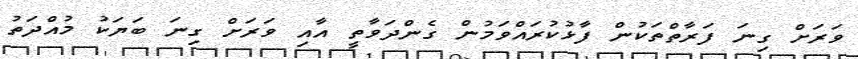
ވަރަށް ގިނަ ފަރާތްތަކުން ފާޅުކުރައްވަމުން ގެންދަވާތީ އާއި ވަރަށް ގިނަ ބަޔަކު މުއްދަތު